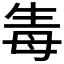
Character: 𤯟